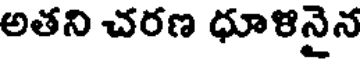
అతని చరణ ధూళినైన